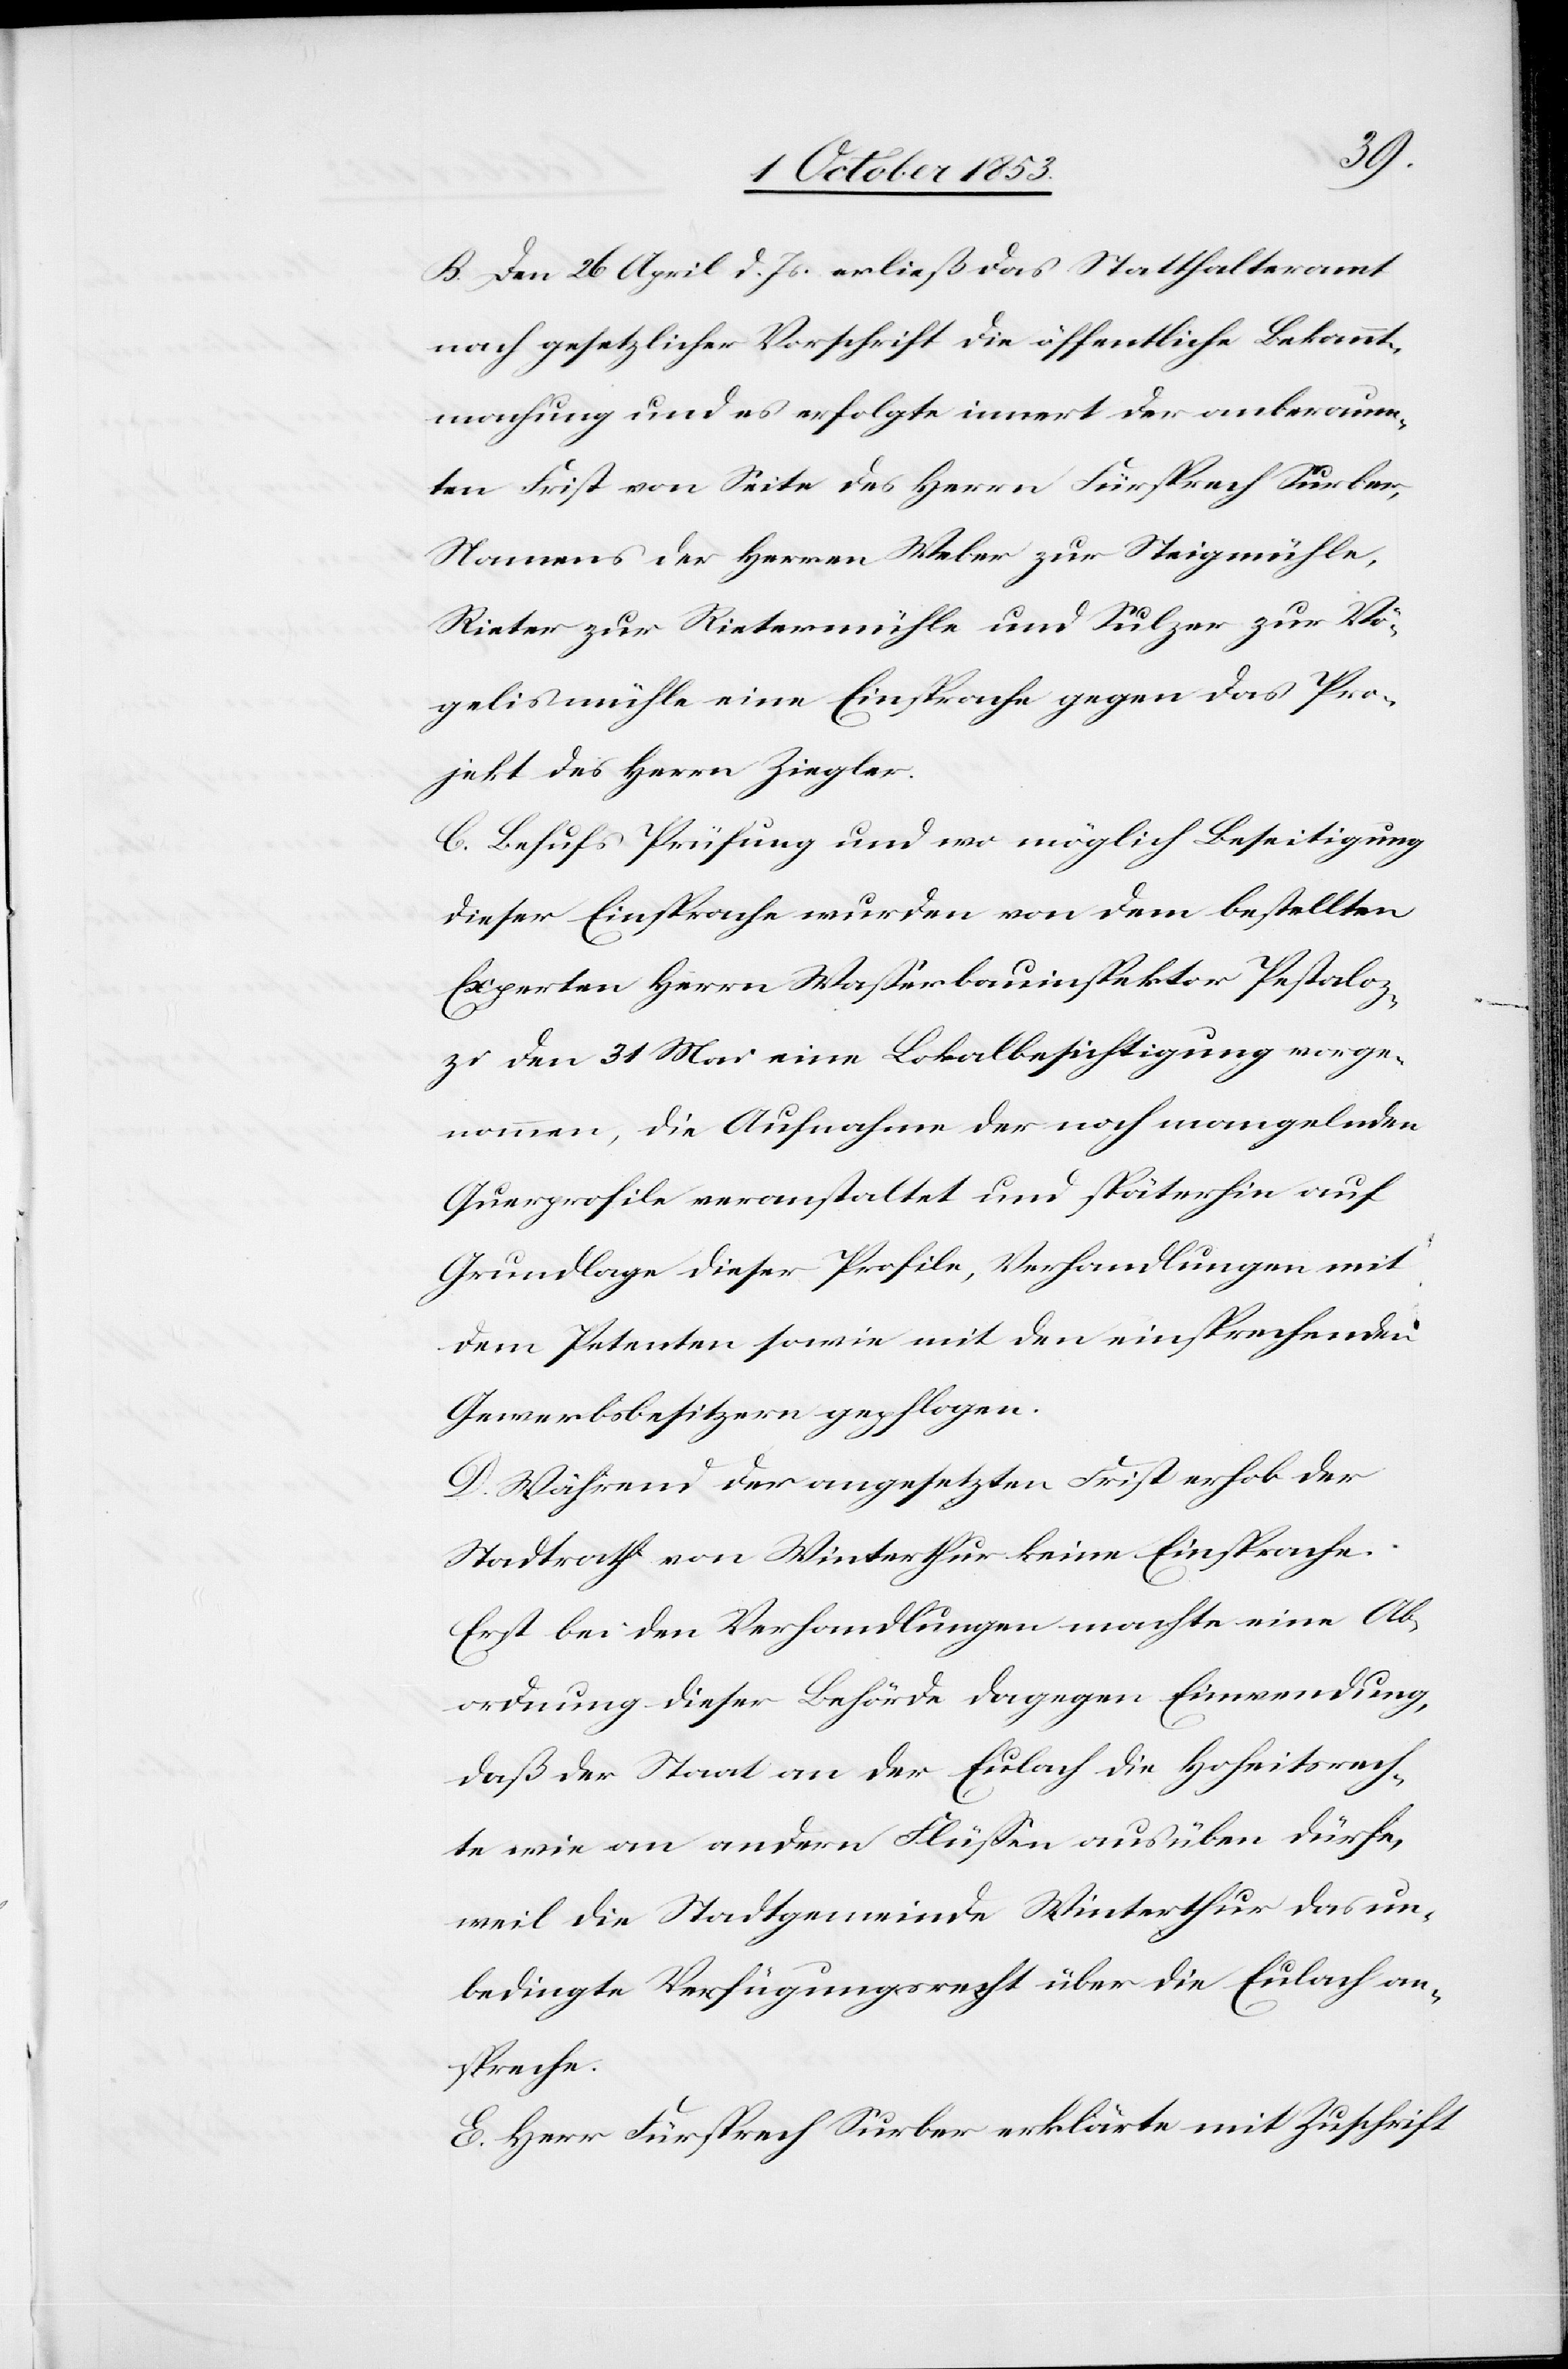
B. Den 26 April d. Js. erließ das Statthalteramt
nach gesetzlicher Vorschrift die öffentliche Bekannt¬
machung und es erfolgte innert der anberaum¬
ten Frist von Seite des Herrn Fürsprech Surber,
Namens der Herrn Weber zur Steigmühle,
Rieter zur Rietermühle und Sulzer zur Vö¬
gelismühle eine Einsprache gegen das Pro¬
jekt des Herrn Ziegler.
C. Behufs Prüfung und wo möglich Beseitigung
dieser Einsprache wurden von dem bestellten
Experten Herrn Waßerbauinspektor Pestaloz¬
zi den 31 Mai eine Lokalbesichtigung vorge¬
nommen, die Aufnahme der noch mangelnden
Querprofile veranstaltet und späterhin auf
Grundlage dieser Profile, Verhandlungen mit
dem Petenten sowie mit den einsprechenden
Gewerbsbesitzern gepflogen.
D. Während der angesetzten Frist erhob der
Stadtrath von Winterthur keine Einsprache.
Erst bei den Verhandlungen machte eine Ab¬
ordnung dieser Behörde dagegen Einwendung,
daß der Staat an der Eulach die Hoheitsrech¬
te wie an andern Flüßen ausüben dürfe,
weil die Stadtgemeinde Winterthur das un¬
bedingte Verfügungsrecht über die Eulach an¬
spreche.
E. Herr Fürsprech Surber erklärte mit Zuschrift